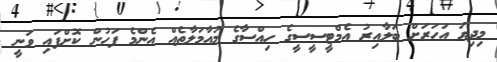
މިދިޔަ އަހަރަށް ބަލާއިރު އެމްޓީސީސީގެ ހިއްސާގެ މުއާމަލާތެއް އެންމެ ފަހުން ކޮށްފައި ވަނީ